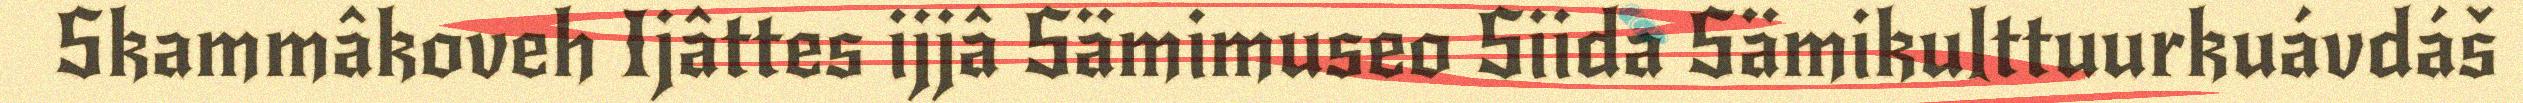
Skammâkoveh Ijâttes ijjâ Sämimuseo Siida Sämikulttuurkuávdáš